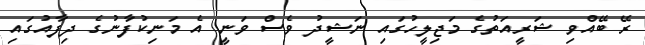
ރޭ ބޭއްވި ޝަރީއަތުގެ މަޖިލީހުގައި ނަޝީދު ވެސް ވަނީ އެ މަނިކުފާނުގެ ދިފާއުގައި